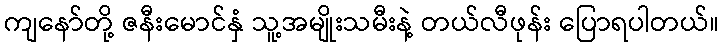
ကျနော်တို့ ဇနီးမောင်နှံ သူ့အမျိုးသမီးနဲ့ တယ်လီဖုန်း ပြောရပါတယ်။